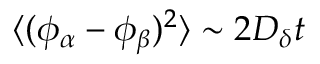
\langle ( \phi _ { \alpha } - \phi _ { \beta } ) ^ { 2 } \rangle \sim 2 D _ { \delta } t